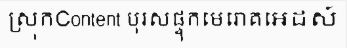
ស្រុកContent បុរសផ្ទុកមេរោគអេដស៍